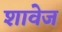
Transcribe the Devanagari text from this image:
शावेज